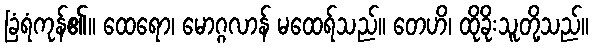
ခြံရံကုန်၏။ ထေရော၊ မောဂ္ဂလာန် မထေရ်သည်။ တေဟိ၊ ထိုခိုးသူတို့သည်။